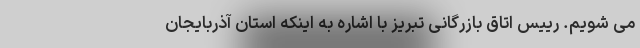
می شویم. رییس اتاق بازرگانی تبریز با اشاره به اینکه استان آذربایجان